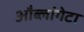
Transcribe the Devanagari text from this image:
औब्लांगेटा